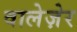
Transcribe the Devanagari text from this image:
वालेज़ेर